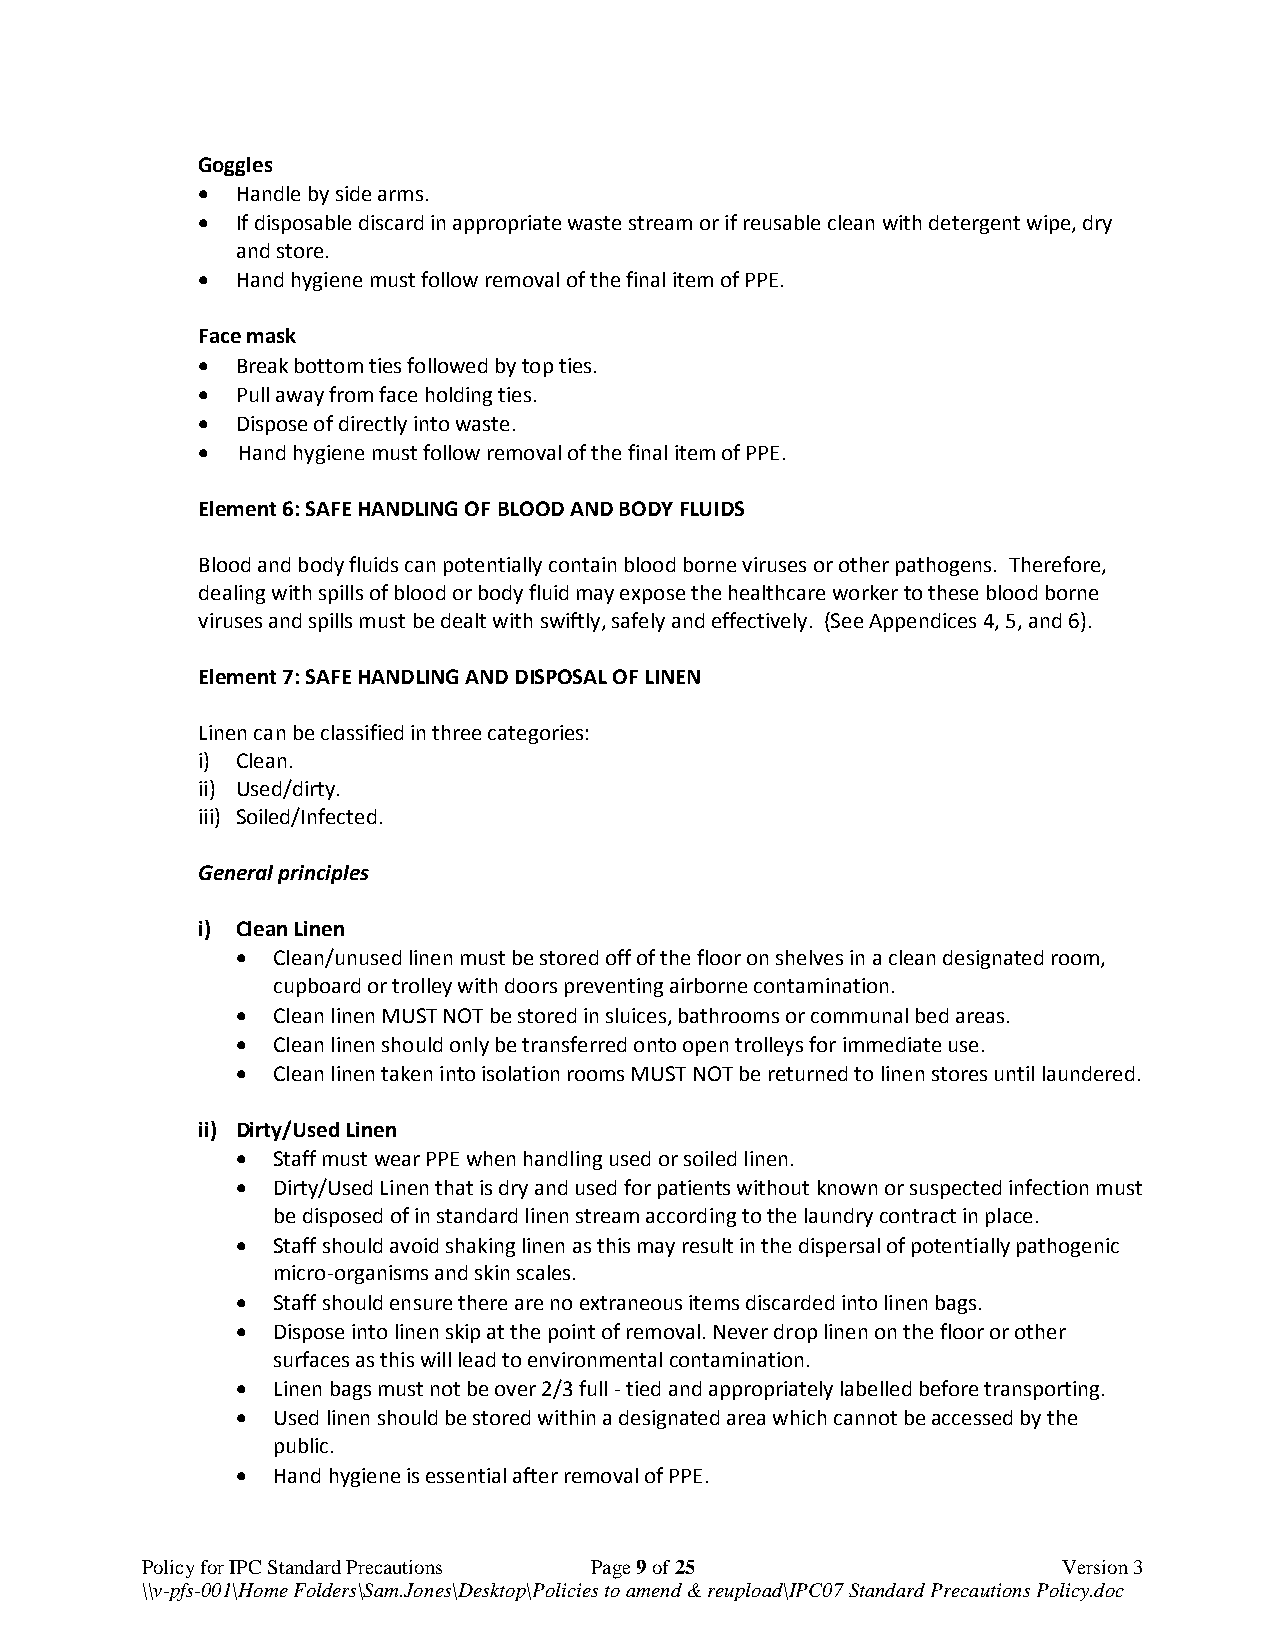
Goggles
   Handle by side arms.
   If disposable discard in appropriate waste stream or if reusable clean with detergent wipe, dry
 and store.
   Hand hygiene must follow removal of the final item of PPE.
 Face mask
   Break bottom ties followed by top ties.
   Pull away from face holding ties.
   Dispose of directly into waste.
   Hand hygiene must follow removal of the final item of PPE.
 Element 6: SAFE HANDLING OF BLOOD AND BODY FLUIDS
 Blood and body fluids can potentially contain blood borne viruses or other pathogens. Therefore,
 dealing with spills of blood or body fluid may expose the healthcare worker to these blood borne
 viruses and spills must be dealt with swiftly, safely and effectively. (See Appendices 4, 5, and 6).
 Element 7: SAFE HANDLING AND DISPOSAL OF LINEN
 Linen can be classified in three categories:
 i) Clean.
 ii) Used/dirty.
 iii) Soiled/Infected.
 General principles
 i) Clean Linen
  Clean/unused linen must be stored off of the floor on shelves in a clean designated room,
 cupboard or trolley with doors preventing airborne contamination.
  Clean linen MUST NOT be stored in sluices, bathrooms or communal bed areas.
  Clean linen should only be transferred onto open trolleys for immediate use.
  Clean linen taken into isolation rooms MUST NOT be returned to linen stores until laundered.
 ii) Dirty/Used Linen
  Staff must wear PPE when handling used or soiled linen.
  Dirty/Used Linen that is dry and used for patients without known or suspected infection must
 be disposed of in standard linen stream according to the laundry contract in place.
  Staff should avoid shaking linen as this may result in the dispersal of potentially pathogenic
 micro-organisms and skin scales.
  Staff should ensure there are no extraneous items discarded into linen bags.
  Dispose into linen skip at the point of removal. Never drop linen on the floor or other
 surfaces as this will lead to environmental contamination.
  Linen bags must not be over 2/3 full - tied and appropriately labelled before transporting.
  Used linen should be stored within a designated area which cannot be accessed by the
 public.
  Hand hygiene is essential after removal of PPE.
 Policy for IPC Standard Precautions Page 9 of 25             Version 3
 \\v-pfs-001\Home Folders\Sam.Jones\Desktop\Policies to amend & reupload\IPC07 Standard Precautions Policy.doc